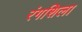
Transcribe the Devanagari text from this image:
रंगशिला